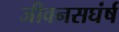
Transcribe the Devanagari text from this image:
जीवनसघंर्ष